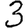
Digit: 3